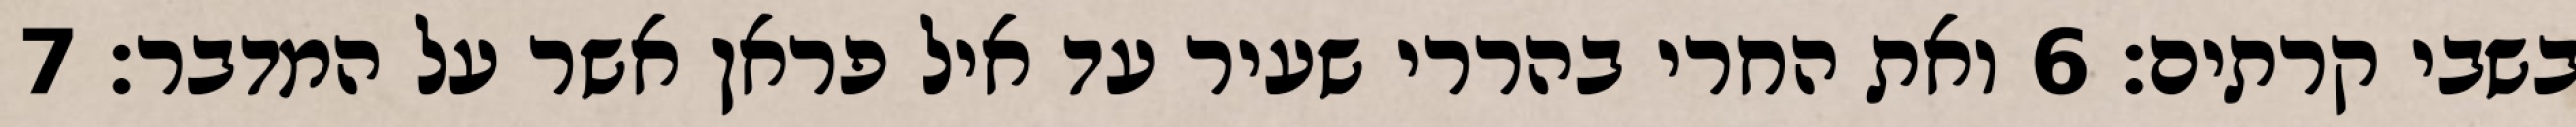
בשבי קרתים׃ ‎6‏ ואת החרי בהררי שעיר עד איל פראן אשר על המדבר׃ ‎7‏